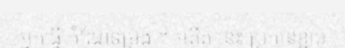
អ្នកធ្វើ កំណែទម្រង់ ។ អតីត នេះ ប្រកាន់ខ្ជាប់